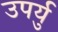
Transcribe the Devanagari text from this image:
उपर्यु